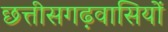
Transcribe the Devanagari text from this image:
छत्तीसगढ़वासियों